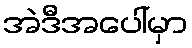
အဲဒီအပေါ်မှာ